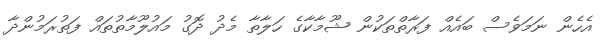
އެހެން ނަމަވެސް ބައެއް ފަރާތްތަކުން ޝޫމާކާގެ ހަލާތާ މެދު ދޮގު މައުލޫމާތުތައް ފަތުރަމުންދާ